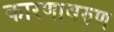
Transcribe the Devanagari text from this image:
कारणावरुण